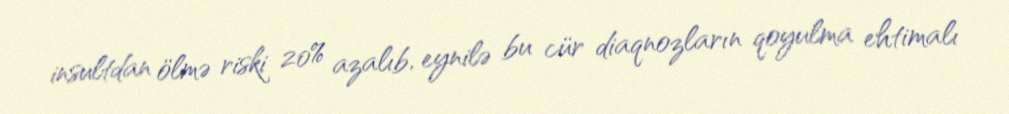
insultdan ölmə riski 20% azalıb, eynilə bu cür diaqnozların qoyulma ehtimalı